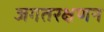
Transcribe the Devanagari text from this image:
जगतरक्षणन